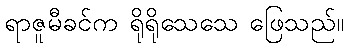
ရာဇူမီခင်က ရိုရိုသေသေ ဖြေသည်။